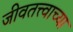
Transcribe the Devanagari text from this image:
जीवतत्त्वाच्या